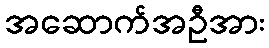
အဆောက်အဦအား